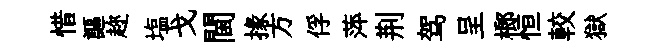
惜謳趂塩戈閫掾方俘萍荆驾呈榔恒較獄